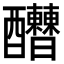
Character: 𨤇